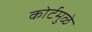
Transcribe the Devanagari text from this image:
कोर्टमुळे